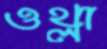
ওথ্‌লা